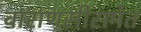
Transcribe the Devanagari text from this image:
वाराणसीसमेत